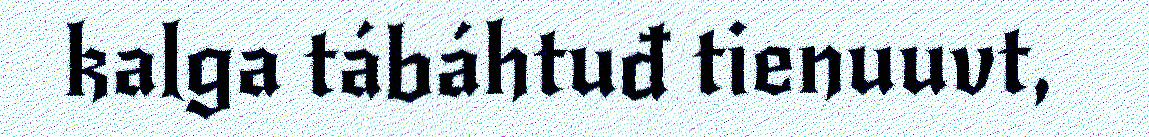
kalga tábáhtuđ tienuuvt,